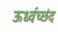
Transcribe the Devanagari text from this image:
ऊर्ध्वच्छंद